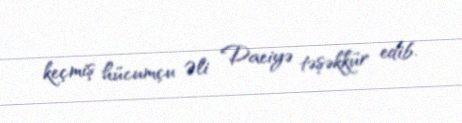
keçmiş hücumçu Əli Daeiyə təşəkkür edib.